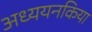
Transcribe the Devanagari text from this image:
अध्ययनकिया